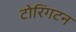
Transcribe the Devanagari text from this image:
टोरिंगटन